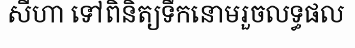
សីហា ទៅពិនិត្យទឹកនោមរួចលទ្ធផល